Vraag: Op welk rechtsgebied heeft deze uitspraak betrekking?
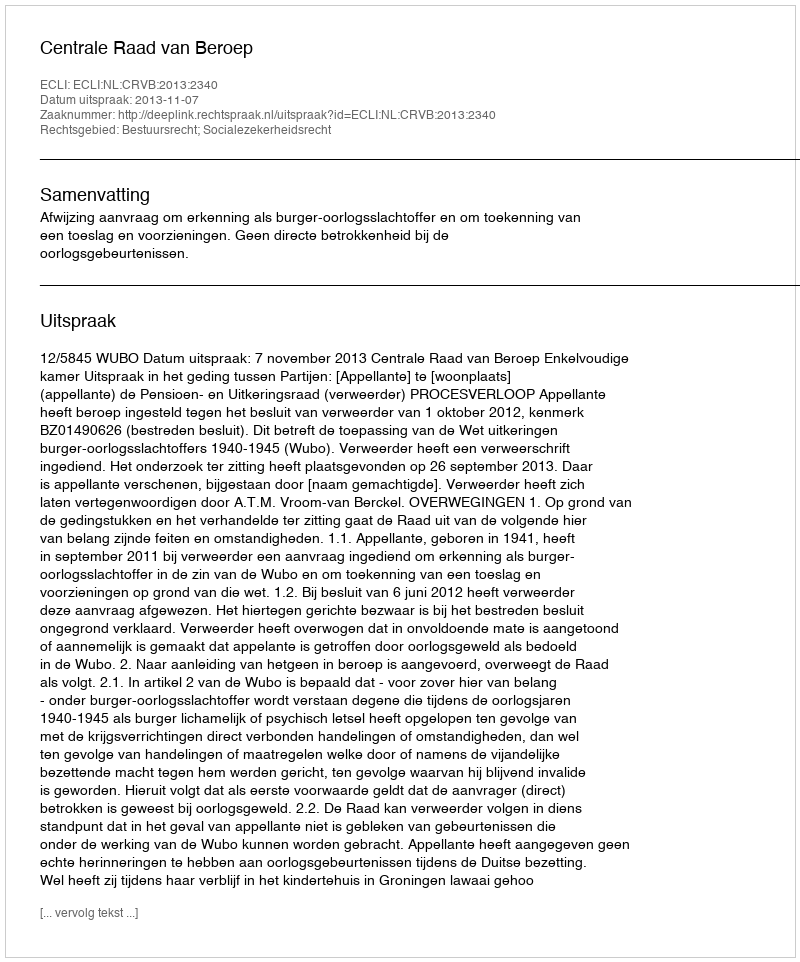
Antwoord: Bestuursrecht; Socialezekerheidsrecht